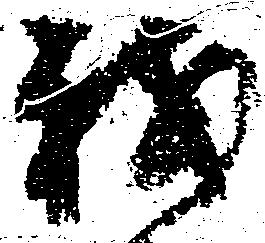
我